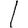
Digit: 1